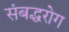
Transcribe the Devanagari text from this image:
संबद्धरोग